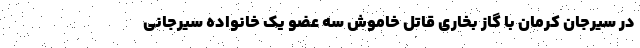
در سیرجان کرمان با گاز بخاری قاتل خاموش سه عضو یک خانواده سیرجانی